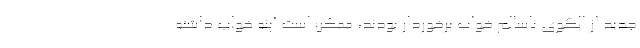
جدید از الگوی ناسالم خواب برخوردار بودند، ممکن است آپنه خواب داشته